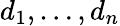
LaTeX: d_{1},\ldots,d_{n}